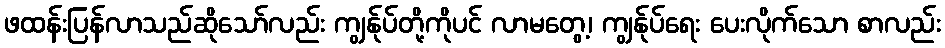
ဖထန်းပြန်လာသည်ဆိုသော်လည်း ကျွန်ုပ်တို့ကိုပင် လာမတွေ့၊ ကျွန်ုပ်ရေး ပေးလိုက်သော စာလည်း